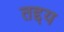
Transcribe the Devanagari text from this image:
तद्दय